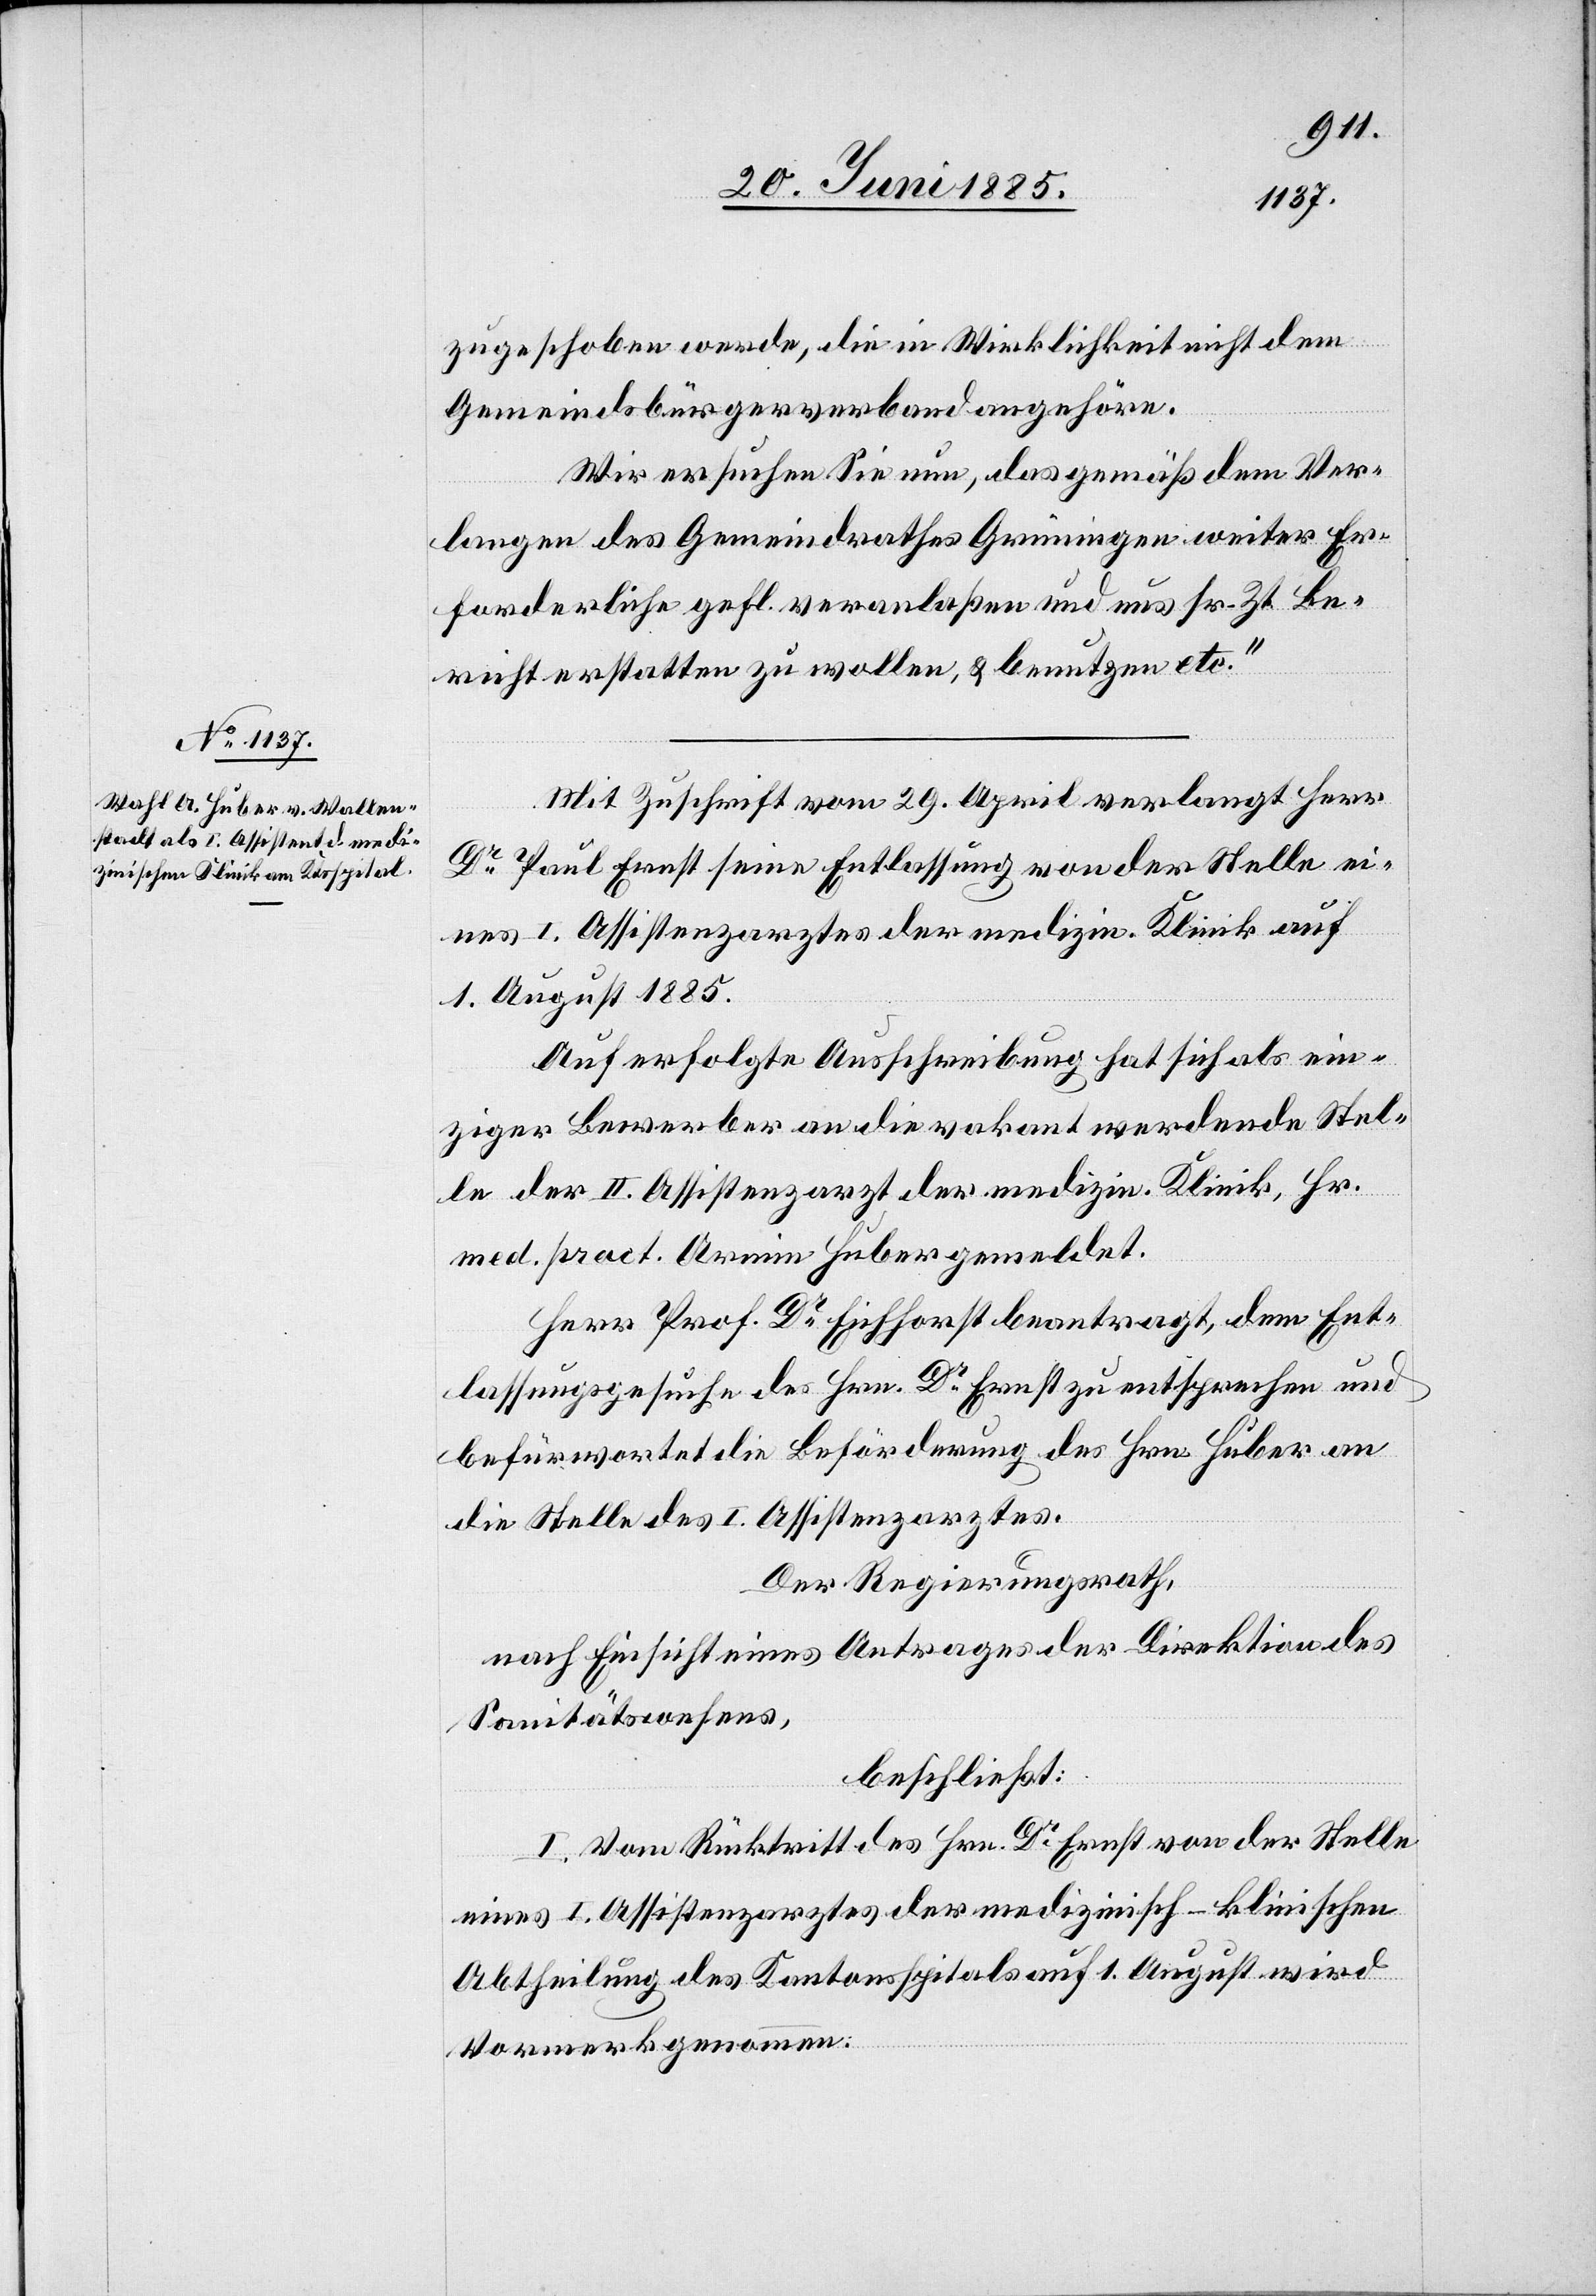
zugeschoben werde, die in Wirklichkeit nicht dem
Gemeindsbürgerverband angehöre.
Wir ersuchen Sie nun, das gemäß dem Ver¬
langen des Gemeindrathes Grüningen weiter Er¬
forderliche gefl. veranlaßen und uns sr. Zt. Be¬
richt erstatten zu wollen, & benutzen etc.“
Mit Zuschrift vom 29. April verlangt Herr
Dr Paul Ernst seine Entlassung von der Stelle ei¬
nes I. Assistenzarztes der medizin. Klinik auf
1. August 1885.
Auf erfolgte Ausschreibung hat sich als ein¬
ziger Bewerber an die vakant werdende Stel¬
le der II. Assistenzarzt der medizin. Klinik, Hr.
med. pract. Armin Huber gemeldet.
Herr Prof. Dr Eichhorst beantragt, dem Ent¬
lassungsgesuch des Hrn. Dr Ernst zu entsprechen und
befürwortet die Beförderung des Hrn. Huber an
die Stelle des I. Assistenzarztes.
Der Regierungsrath,
nach Einsicht eines Antrages der Direktion des
Sanitätswesens,
beschließt:
I. Vom Rücktritt des Hrn. Dr Ernst von der Stelle
eines I. Assistenzarztes der medizinisch-klinischen
Abtheilung des Kantonsspitals auf 1. August wird
Vormerk genommen.